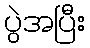
ပွဲအပြီး